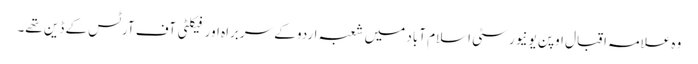
وہ علامہ اقبال اوپن یونیورسٹی اسلام آباد میں شعبہ اردو کے سربراہ اور فیکلٹی آف آرٹس کے ڈین تھے۔